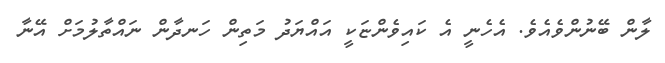
ލާން ބޭނުންވެއެވެ. އެހެނީ އެ ކައިވެންޏަކީ އައްޔަދު މަތިން ހަނދާން ނައްތާލުމަށް އޭނާ